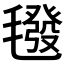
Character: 𣰀